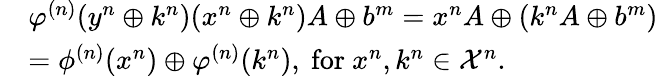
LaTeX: \begin{array}{rl}&{\varphi^{(n)}({{y}^{n}}\oplus{{k}^{n}})({{x}^{n}}\oplus{{k}^{n}})A\oplus b^{m}={{x}^{n}}A\oplus({{k}^{n}}A\oplus b^{m})}\\ &{=\phi^{(n)}({{x}^{n}})\oplus\varphi^{(n)}({{k}^{n}}),\mathrm{~for~}{{x}^{n}},{{k}^{n}}\in{\cal X}^{n}.}\end{array}